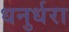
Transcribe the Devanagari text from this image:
धनुर्धरा